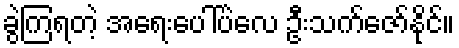
ခွဲကြရတဲ့ အရေးပေါ်ပဲလေ ဦးသက်ဇော်နိုင်။